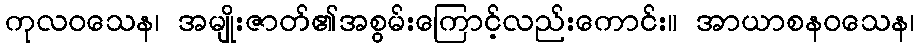
ကုလဝသေန၊ အမျိုးဇာတ်၏အစွမ်းကြောင့်လည်းကောင်း။ အာယာစနဝသေန၊